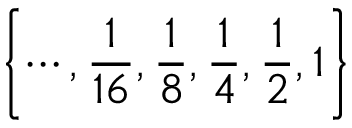
\left\{ \cdots , { \frac { 1 } { 1 6 } } , { \frac { 1 } { 8 } } , { \frac { 1 } { 4 } } , { \frac { 1 } { 2 } } , 1 \right\}